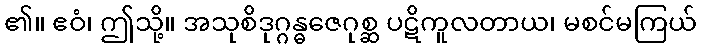
၏။ ဧဝံ၊ ဤသို့။ အသုစိဒုဂ္ဂန္ဓဇေဂုစ္ဆ ပဋိကူလတာယ၊ မစင်မကြယ်